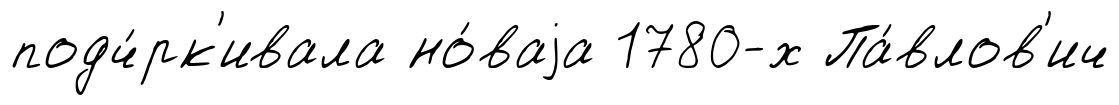
подч́рк'ивала но́ваjа 1780-х Па́влов'ич